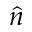
\hat { n }